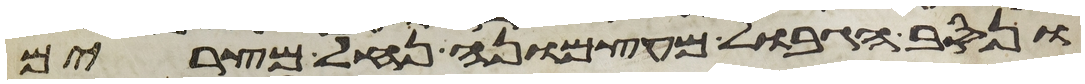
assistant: ונסב הגבול מעצמונה נחל מצרים